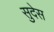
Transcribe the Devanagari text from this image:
सुदेस